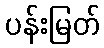
ပန်းမြတ်